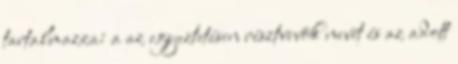
tartalmazza: a az egyeztetésen résztvevõk nevét és az adott